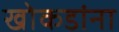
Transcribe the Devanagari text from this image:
खोकडांना